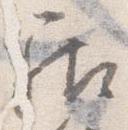
居